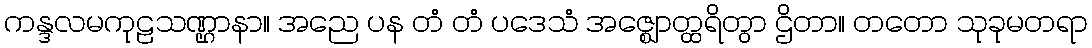
ကန္ဒလမကုဠသဏ္ဌာနာ။ အညေ ပန တံ တံ ပဒေသံ အဇ္ဈောတ္ထရိတွာ ဌိတာ။ တတော သုခုမတရာ